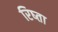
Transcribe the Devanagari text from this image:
रिष्ता